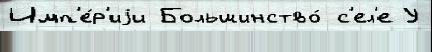
Имп'е́р'иjи Большинство́ с'ел'е У